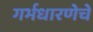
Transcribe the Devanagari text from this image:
गर्भधारणेचे